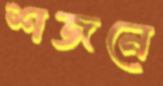
শজনে